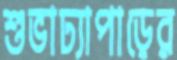
শুভাঢ্যাপাড়ের